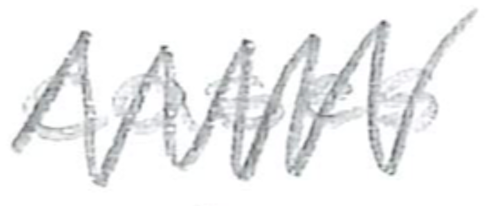
Text: cases
Cross-out: mix
Writing tool: pencil